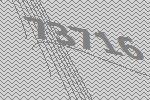
73716